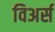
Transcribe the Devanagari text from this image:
विअर्स